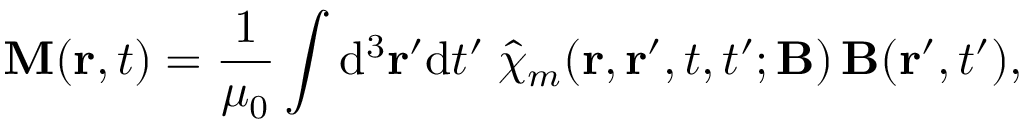
\mathbf { M } ( \mathbf { r } , t ) = { \frac { 1 } { \mu _ { 0 } } } \int \mathrm { { d } } ^ { 3 } \mathbf { r } ^ { \prime } \mathrm { { d } } t ^ { \prime } \; { \hat { \chi } } _ { m } ( \mathbf { r } , \mathbf { r } ^ { \prime } , t , t ^ { \prime } ; \mathbf { B } ) \, \mathbf { B } ( \mathbf { r } ^ { \prime } , t ^ { \prime } ) ,